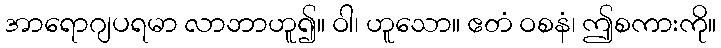
အာရောဂျပရမာ လာဘာဟူ၍။ ဝါ၊ ဟူသော။ ဧတံ ဝစနံ၊ ဤစကားကို။